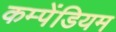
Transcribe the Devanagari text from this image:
कम्पेंडियम